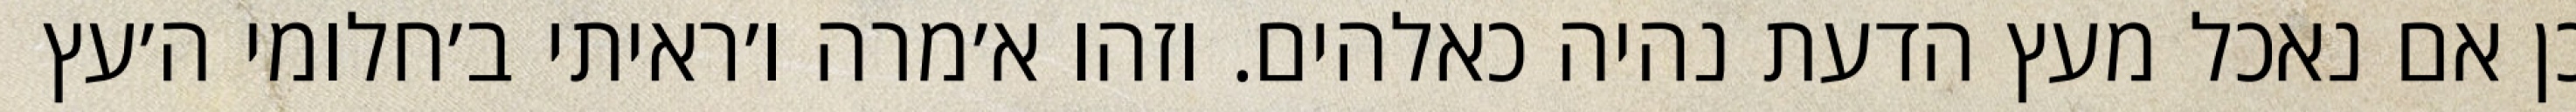
כן אם נאכל מעץ הדעת נהיה כאלהים. וזהו א׳מרה ו׳ראיתי ב׳חלומי ה׳עץ